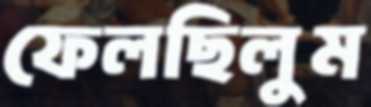
ফেলছিলুম